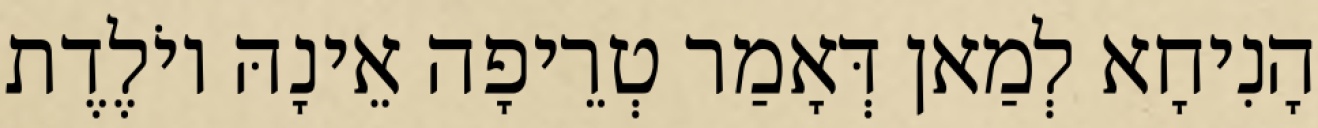
הָנִיחָא לְמַאן דְּאָמַר טְרֵיפָה אֵינָהּ יוֹלֶדֶת